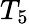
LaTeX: T_{5}